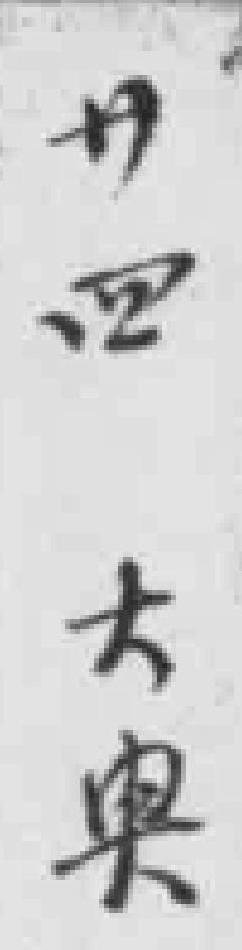
廿四大*